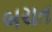
બચત